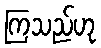
ကြသည်ဟု